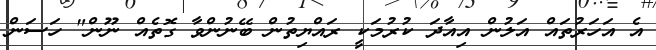
އެ އަހަރުތައް އަލުން އިއާދަ ކުރުމަކީ ރައްޔިތުން ބޭނުންވާ ގޮތެއް ނޫން" ހަސަން